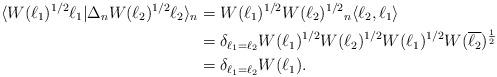
LaTeX: \begin{align*}\langle W(\ell_1)^{1/2}\ell_{1}|\Delta_n W(\ell_2)^{1/2}\ell_{2}\rangle_{n}&=W(\ell_1)^{1/2}W(\ell_2)^{1/2}{}_n\langle \ell_{2}, \ell_{1}\rangle\\&=\delta_{ \ell_1=\ell_2}W(\ell_1)^{1/2}W(\ell_2)^{1/2}W(\ell_1)^{1/2}W(\overline{\ell_{2}})^{\frac{1}{2}}\\&=\delta_{ \ell_1=\ell_2}W(\ell_1).\end{align*}